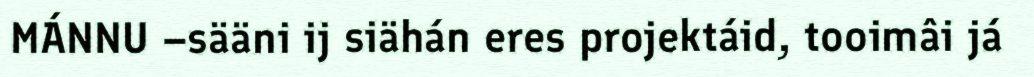
MÁNNU –sääni ij siähán eres projektáid, tooimâi já